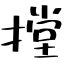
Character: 摚